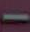
-